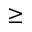
\geq